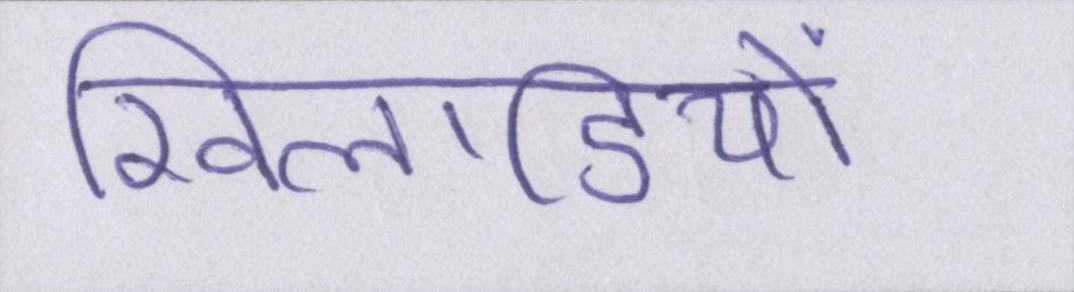
खिलाडियों